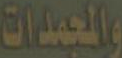
والمجمدات